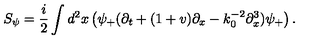
S _ { \psi } = \frac { i } { 2 } \int d ^ { 2 } x \left( \psi _ { + } ( \partial _ { t } + ( 1 + v ) \partial _ { x } - k _ { 0 } ^ { - 2 } \partial _ { x } ^ { 3 } ) \psi _ { + } \right) .